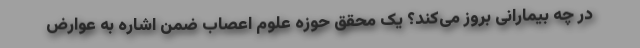
در چه بیمارانی بروز می‌کند؟ یک محقق حوزه علوم اعصاب ضمن اشاره به عوارض